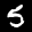
Label: 5